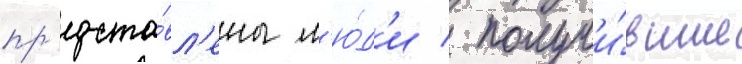
пр'едста́вл'ены л'ю́д'и / получи́вшие